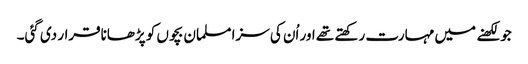
جو لکھنے میں مہارت رکھتے تھے اور اُن کی سزا مسلمان بچوں کو پڑھاناقرار دی گئی۔